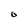
Character: 0